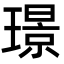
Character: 璟